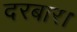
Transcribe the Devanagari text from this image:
दरबार।